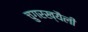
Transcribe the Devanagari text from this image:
चुगरख्यैली